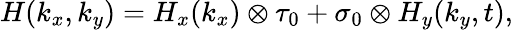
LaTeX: H(k_{x},k_{y})=H_{x}(k_{x})\otimes\tau_{0}+\sigma_{0}\otimes H_{y}(k_{y},t),